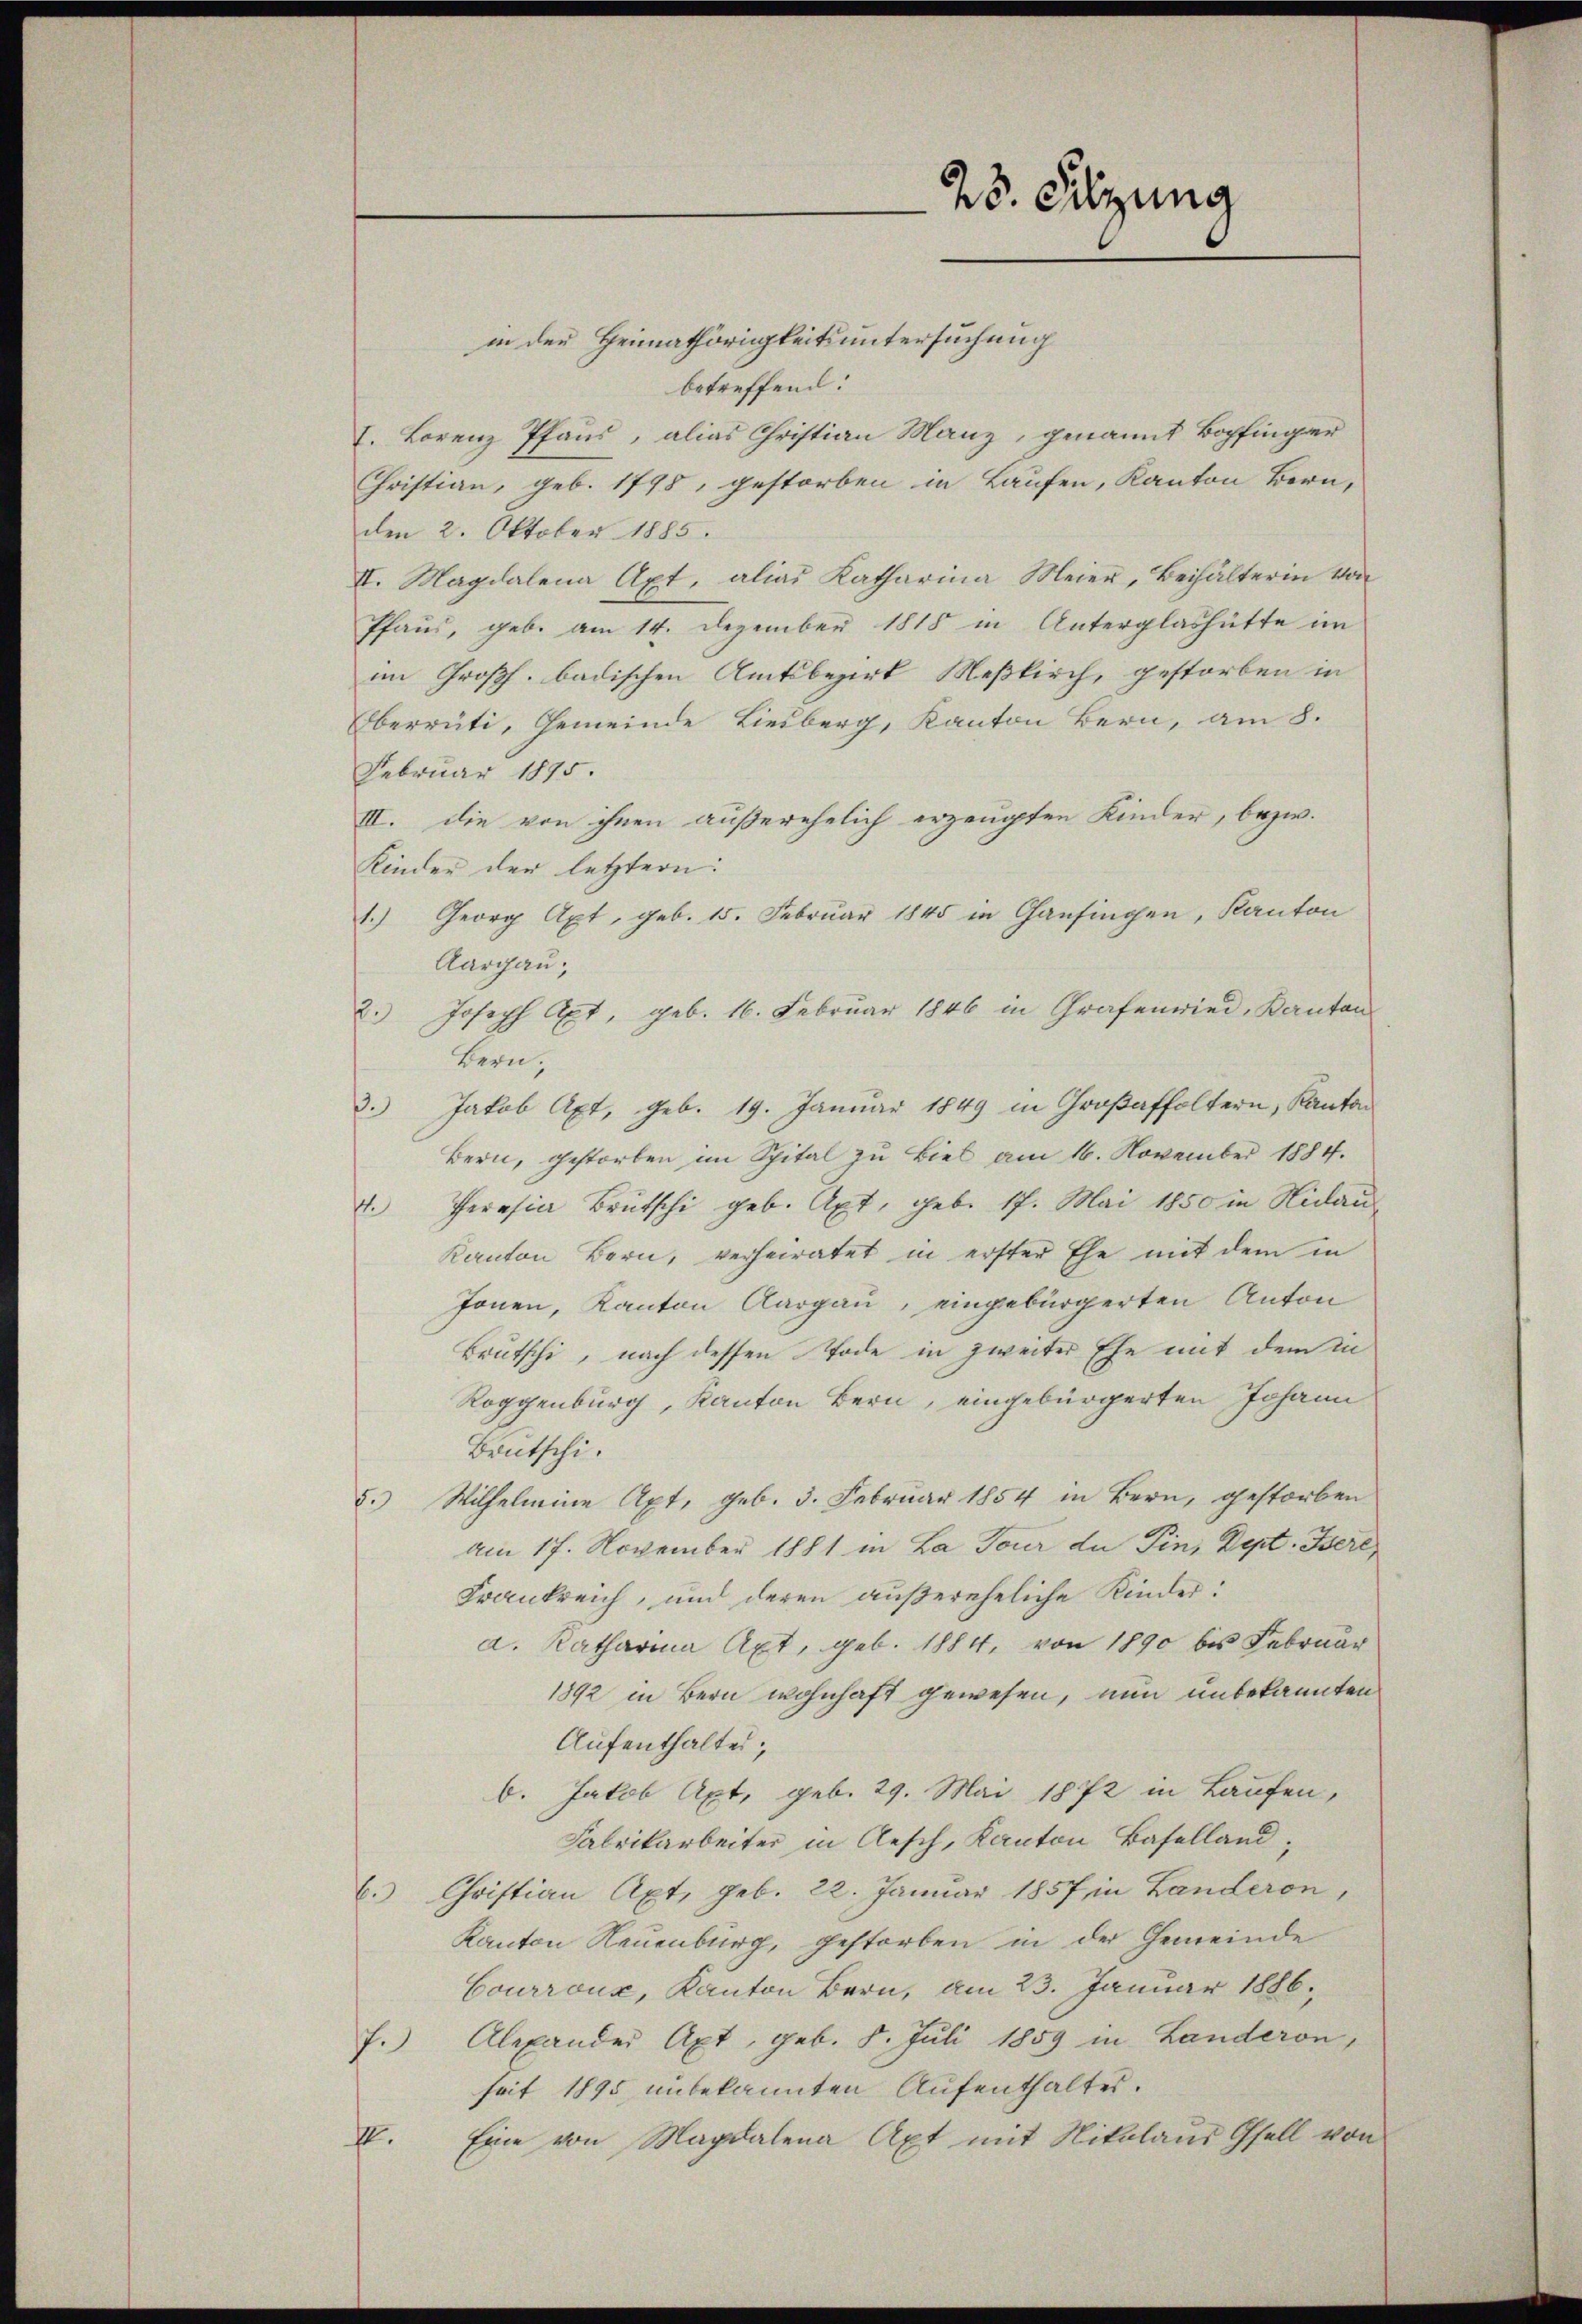
in den Heimathörigkeitsuntersuchung
betreffend:
I. Lorenz Pfaus, alias Christian Manz, genannt Bopfinger
Christian, geb. 1798, gestorben in Laufen, Kanton Bern,
den 2. Oktober 1885.
II. Magdalena Apt, alias Katharina Meier, Behälterin von
Pfaus, geb. am 14. Dezember 1818 in Unterglashütte im
im Großh. badischen Amtsbezirk Meßkirch, gestorben in
Oberrüti, Gemeinde Liesberg, Kanton Bern, am 8.
Februar 1875.
III. Die von ihnen außerehelich erzeugten Kinder, bezw.
Kinder der letztern:
1.) Georg Axt, geb. 15. Februar 1845 in Ganfingen, Kanton
Aargau;
Joseph Axt, geb. 16. Februar 1846 in Grafenwied. Kanton
f
Bern.
s
Jakob Axt, geb. 19. Januar 1849 in Großaffoltern, Kanton
Bern, gestorben im Spital zu Biel am 16. November 1884.
Peresia Brütschi geb. Axt, geb. 17. Mai 1850 in Nidau
Kanton Bern, verheiratet in erster Ehe mit dem in
Jonen, Kanton Aargau, eingebürgerten Anton
Brutschi, nach dessen Tode in zweiter Ehe mit dem in
Roggenburg, Kanton Bern, eingebürgerten Johann
Brutschi¬
Wilhelmine Apt, geb. 3. Februar 1854 in Bern, gestorben
s
am 17. November 1881 in La Tour der Pini Dept. Bere
Frankreich, und deren außereheliche Kinder:
a. Katharina Axt, geb. 1884, von 1890 bis Februar
1892 in Bern wohnhaft gewesen, nun unbekannten
Aufenthalter;
b. Jakob Apt, geb. 29. Mai 1872 in Laufen,
Fabrikarbeiter in Aesch, Kanton Baselland,
E. Christian Axt, geb. 22. Januar 1857 in Landeron,
Kanton Neuenburg, gestorben in der Gemeinde
Courroux, Kanton Bern, am 23. Januar 1886.
f.) Alexander Axt, geb. 8. Juli 1859 in Landeron,
seit 1895 unbekannten Aufenthalter.
II.
Eine von Magdalena Apt mit Nitalaus Gfell von

28. Sitzung